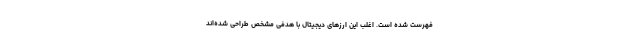
فهرست شده است. اغلب این ارزهای دیجیتال با هدفی مشخص طراحی شده‌اند